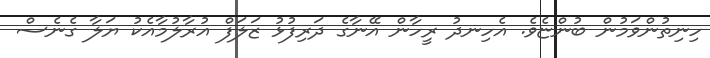
ހިނިތުންވަމުން ބުންޏެވެ. އެހިނދު ރީހާން އޭނާގެ ދަރިފުޅު ޒަލަފް އުރާލުމާއެކު ޔަލާ ގެނެސް